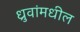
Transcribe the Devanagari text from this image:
ध्रुवांमधील